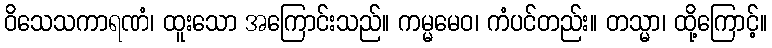
ဝိသေသကာရဏံ၊ ထူးသော အကြောင်းသည်။ ကမ္မမေဝ၊ ကံပင်တည်း။ တသ္မာ၊ ထို့ကြောင့်။